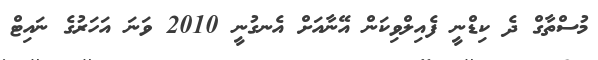
މުސްތާގް ދެ ކިޑްނީ ފެއިލްވިކަން އޭނާއަށް އެނގުނީ 2010 ވަނަ އަހަރުގެ ނައިޓް